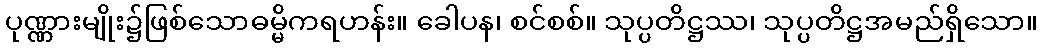
ပုဏ္ဏားမျိုး၌ဖြစ်သောဓမ္မိကရဟန်း။ ခေါပန၊ စင်စစ်။ သုပ္ပတိဋ္ဌဿ၊ သုပ္ပတိဋ္ဌအမည်ရှိသော။